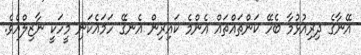
އޭނާގެ ދިރިއުޅުމާ ބެހޭ ކަންތައްތައް އެންމެ ކައިރިން އެނގޭ ހަމައެކަނި މީހަކީ ނާޒިލްއެވެ.